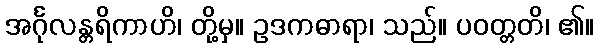
အင်္ဂုလန္တရိကာဟိ၊ တို့မှ။ ဥဒကဓာရာ၊ သည်။ ပဝတ္တတိ၊ ၏။